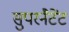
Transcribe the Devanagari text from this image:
सुपरनैटेंट